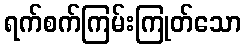
ရက်စက်ကြမ်းကြုတ်သော